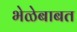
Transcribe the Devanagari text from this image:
भेळेबाबत